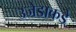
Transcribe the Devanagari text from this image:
उजेडाकडे